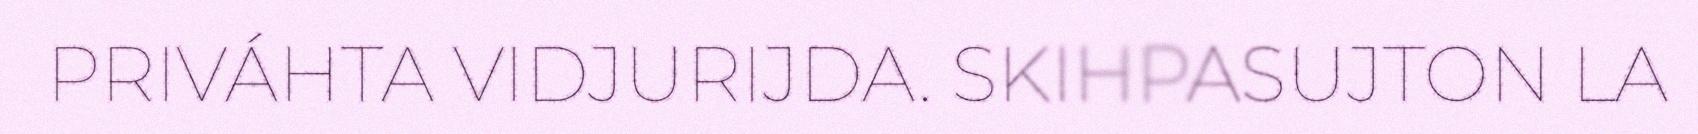
PRIVÁHTA VIDJURIJDA. SKIHPASUJTON LA